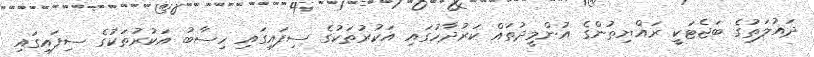
ދައުލަތުގެ ބަޖެޓަކީ ރައްޔިތުންގެ އުންމީދުތައް ކަރުދާހުގައި އަކުރުތަކުގެ ސިފައިގައި ހިސާބު އަކުރުތަކުގެ ސިފައިގައި